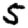
Digit: 5